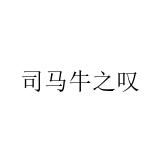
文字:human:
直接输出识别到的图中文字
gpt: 司马牛之叹